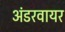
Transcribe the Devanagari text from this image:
अंडरवायर